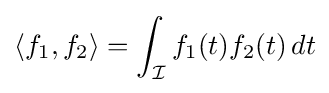
\langle f_{1},f_{2}\rangle =\int _{\mathcal {I}}f_{1}(t)f_{2}(t)\,dt